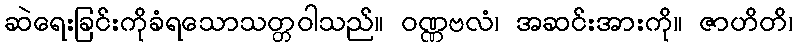
ဆဲရေးခြင်းကိုခံရသောသတ္တဝါသည်။ ဝဏ္ဏဗလံ၊ အဆင်းအားကို။ ဇာဟိတိ၊